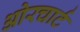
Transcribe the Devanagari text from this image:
ओरचार्ट